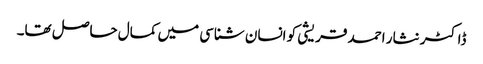
ڈاکٹر نثار احمد قریشی کو انسان شناسی میں کمال حاصل تھا۔